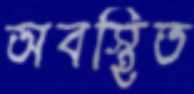
অবস্থিত